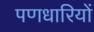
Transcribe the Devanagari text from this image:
पणधारियों